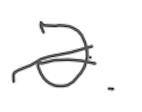
Text: a
Cross-out: single-line
Writing tool: digital_gray